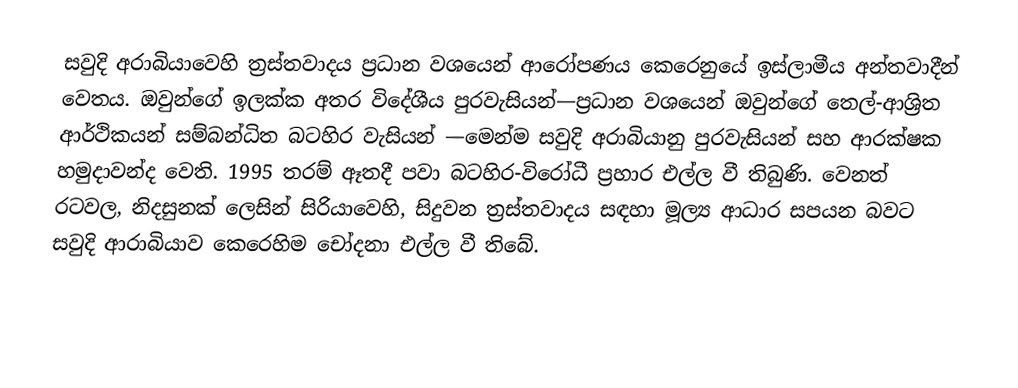
සවුදි අරාබියාවෙහි ත්‍රස්තවාදය ප්‍රධාන වශයෙන් ආරෝපණය කෙරෙනුයේ ඉස්ලාමීය අන්තවාදීන් වෙතය. ඔවුන්ගේ ඉලක්ක අතර  විදේශීය පුරවැසියන්—ප්‍රධාන වශයෙන් ඔවුන්ගේ  තෙල්-ආශ්‍රිත ආර්ථිකයන් සම්බන්ධිත බටහිර වැසියන් —මෙන්ම සවුදි අරාබියානු පුරවැසියන් සහ ආරක්ෂක හමුදාවන්ද වෙති. 1995 තරම් ඈතදී පවා බටහිර-විරෝධී ප්‍රහාර එල්ල වී තිබුණි. වෙනත් රටවල, නිදසුනක් ලෙසින් සිරියාවෙහි,  සිදුවන ත්‍රස්තවාදය සඳහා මූල්‍ය ආධාර සපයන බවට සවුදි ආරාබියාව කෙරෙහිම චෝදනා එල්ල වී තිබේ.